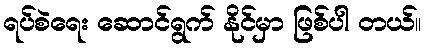
ရပ်စဲရေး ဆောင်ရွက် နိုင်မှာ ဖြစ်ပါ တယ်။